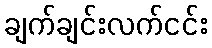
ချက်ချင်းလက်ငင်း